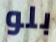
بلو